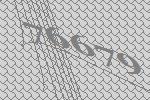
76679